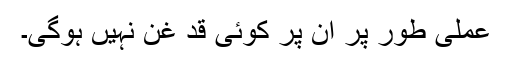
عملی طور پر ان پر کوئی قد غن نہیں ہوگی۔